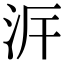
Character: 𣳙